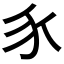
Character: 𧰨